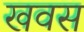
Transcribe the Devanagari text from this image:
खवस